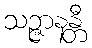
သဉ္ဇာနန္တီ